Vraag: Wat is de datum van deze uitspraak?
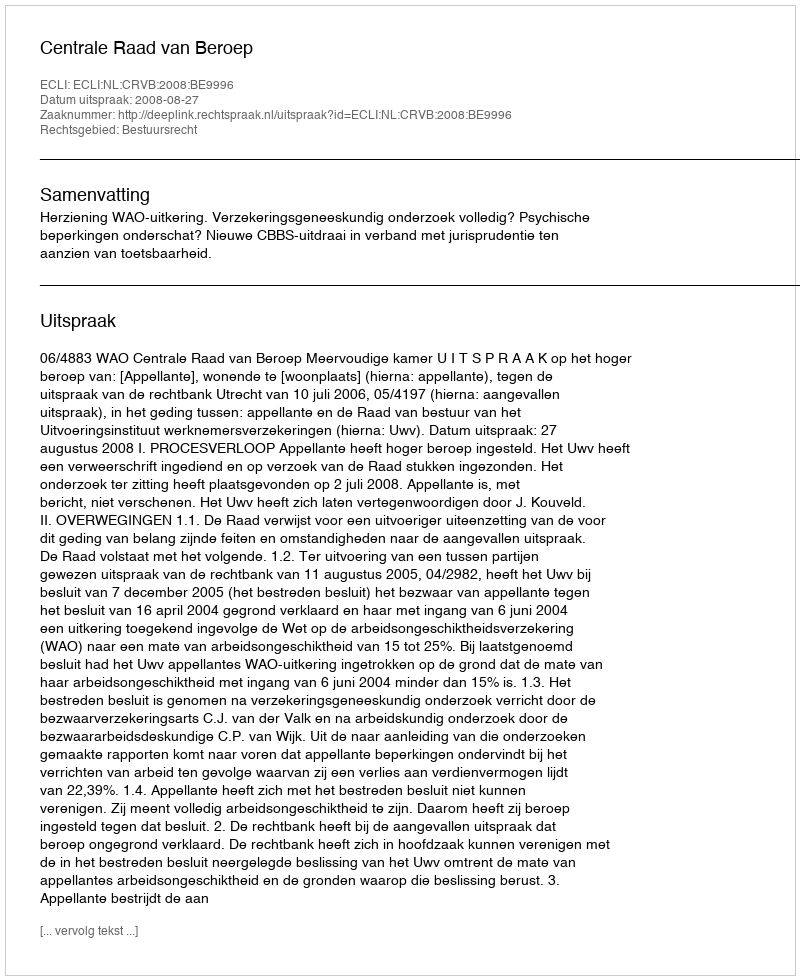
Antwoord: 2008-08-27